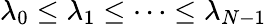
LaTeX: \lambda_{0}\le\lambda_{1}\le\dots\le\lambda_{N-1}